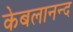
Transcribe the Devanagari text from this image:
केबलानन्द